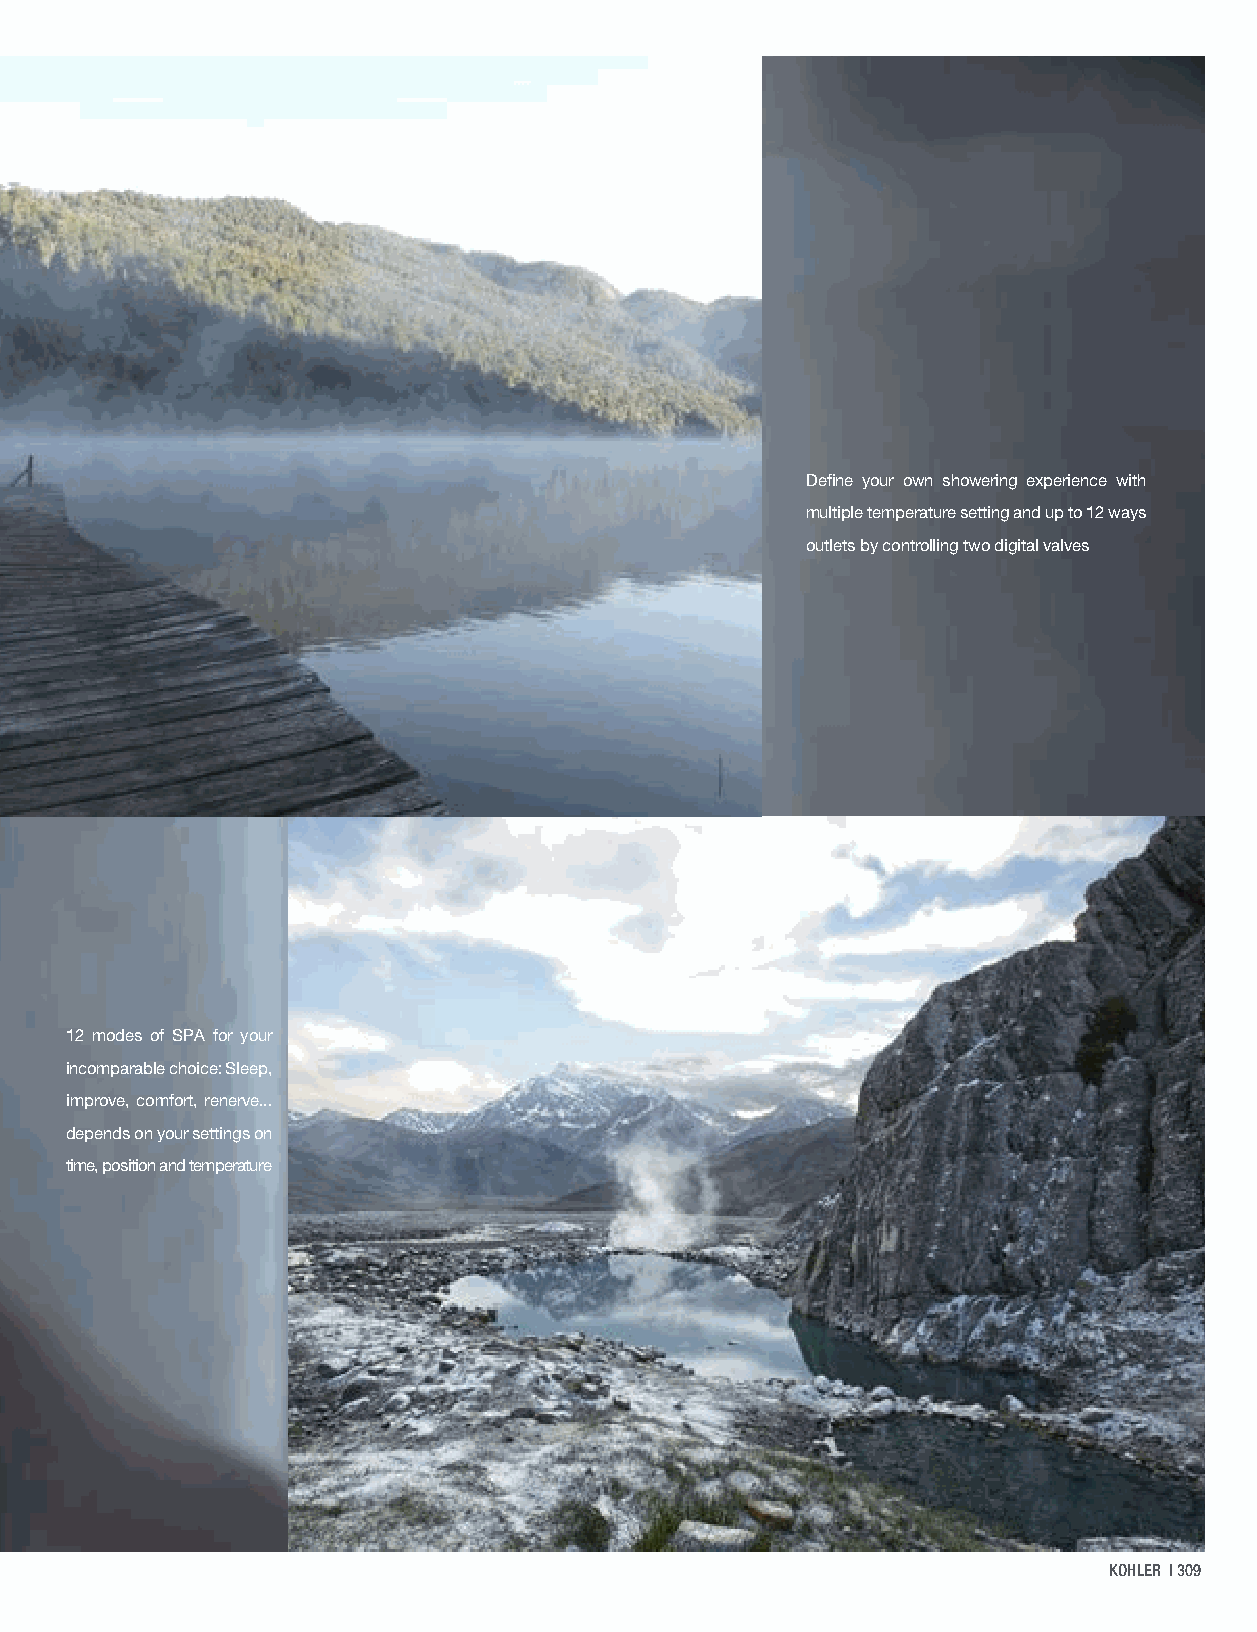
Digital showering system
 KOHLER's most advanced showering system, bringing together
 four elements - water, steam, lighting, and music - to give you a true
 multi-sensory showering experience
 Define your own showering experience with
 multiple temperature setting and up to 12 ways
 outlets by controlling two digital valves
 12 modes of SPA for your
 incomparable choice: Sleep,
 improve, comfort, renerve...
 depends on your settings on
 time, position and temperature
 KOHLER | 309